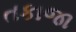
તકાજા